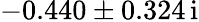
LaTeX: -0.440\pm 0.324\, \mathrm{i}